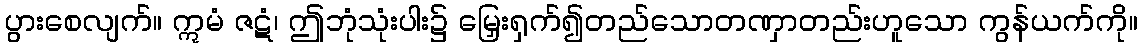
ပွားစေလျက်။ ဣမံ ဇဋံ၊ ဤဘုံသုံးပါး၌ မြှေးရှက်၍တည်သောတဏှာတည်းဟူသော ကွန်ယက်ကို။